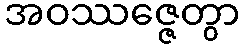
အဝဿဇ္ဇေတွာ